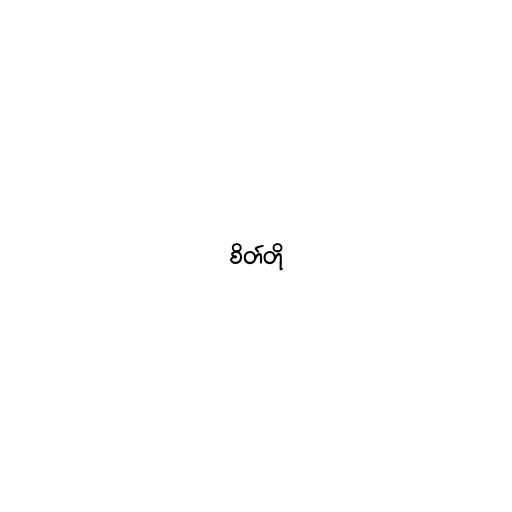
စိတ်တို